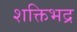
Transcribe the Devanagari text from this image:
शक्तिभद्र